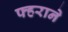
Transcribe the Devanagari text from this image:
फ्हराने